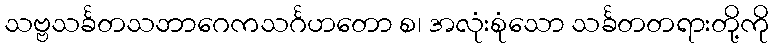
သဗ္ဗသင်္ခတသဘာဂေကသင်္ဂဟတော စ၊ အလုံးစုံသော သင်္ခတတရားတို့ကို